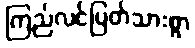
ကြည်လင်ပြတ်သားစွာ